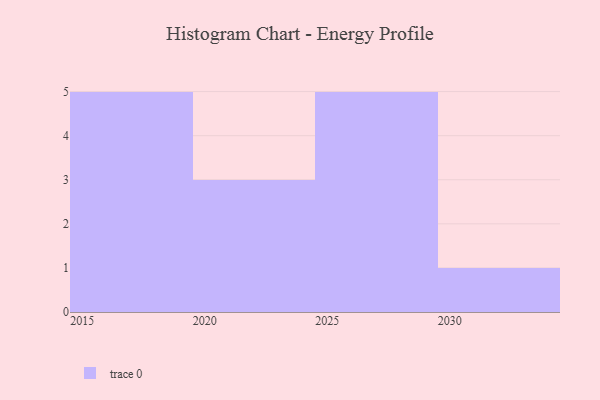
{"axis": {"x": "Year", "y": "Net Income (USD K)"}, "legend": [""], "data": [{"x": "2019", "y": 99, "type": ""}, {"x": "2024", "y": 12, "type": ""}, {"x": "2015", "y": 20, "type": ""}, {"x": "2028", "y": 3, "type": ""}, {"x": "2018", "y": 38, "type": ""}, {"x": "2030", "y": 63, "type": ""}, {"x": "2022", "y": 9, "type": ""}, {"x": "2029", "y": 17, "type": ""}, {"x": "2025", "y": 14, "type": ""}, {"x": "2017", "y": 6, "type": ""}, {"x": "2016", "y": 91, "type": ""}, {"x": "2026", "y": 17, "type": ""}, {"x": "2027", "y": 95, "type": ""}, {"x": "2021", "y": 81, "type": ""}]}